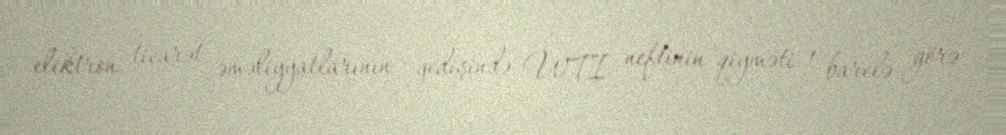
elektron ticarət əməliyyatlarının gedişində WTI neftinin qiyməti 1 barelə görə